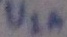
Text: V1A